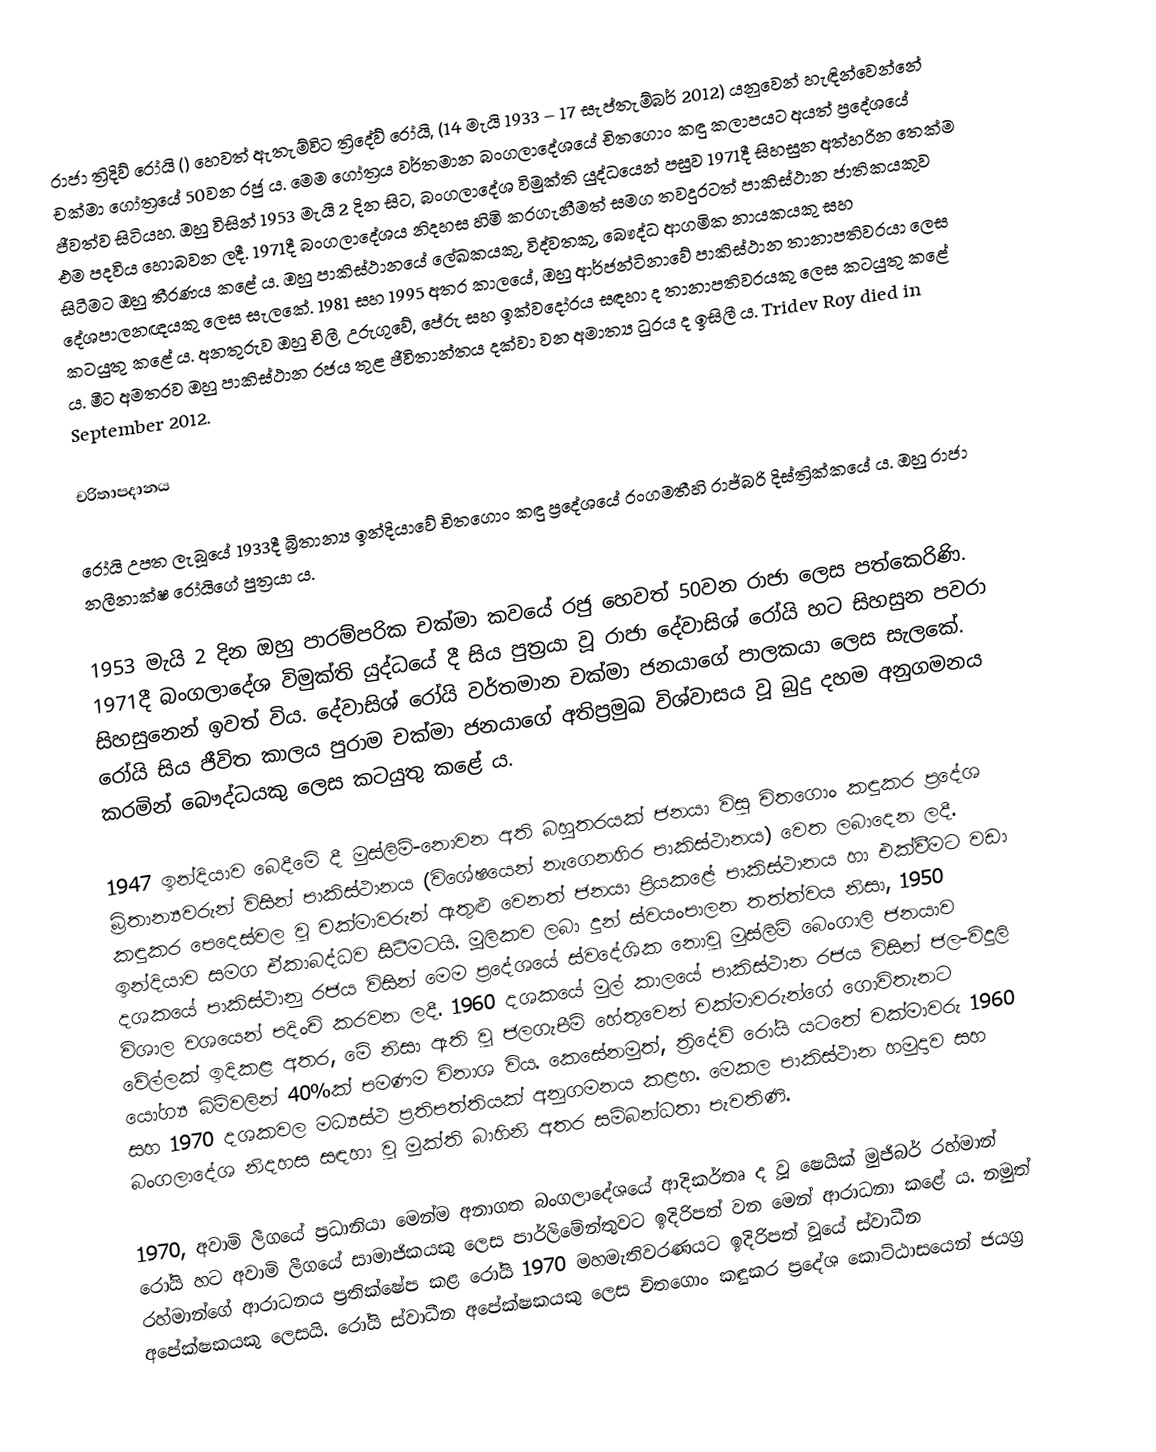
රාජා ත්‍රිදිව් රෝයි () හෙවත් ඇතැම්විට ත්‍රිදේව් රෝයි, (14 මැයි 1933 – 17 සැප්තැම්බර් 2012) යනුවෙන් හැඳින්වෙන්නේ චක්මා ගෝත්‍රයේ 50වන රජු ය. මෙම ගෝත්‍රය වර්තමාන බංගලාදේශයේ චිතගොං කඳු කලාපයට අයත් ප්‍රදේශයේ ජීවත්ව සිටියහ. ඔහු විසින් 1953 මැයි 2 දින සිට, බංගලාදේශ විමුක්ති යුද්ධයෙන් පසුව 1971දී සිහසුන අත්හරින තෙක්ම එම පදවිය හොබවන ලදී. 1971දී බංගලාදේශය නිදහස හිමි කරගැනීමත් සමග තවදුරටත් පාකිස්ථාන ජාතිකයකුව සිටීමට ඔහු තීරණය කළේ ය. ඔහු පාකිස්ථානයේ ලේඛකයකු, විද්වතකු, බෞද්ධ ආගමික නායකයකු සහ දේශපාලනඥයකු ලෙස සැලකේ. 1981 සහ 1995 අතර කාලයේ, ඔහු ආර්ජන්ටිනාවේ පාකිස්ථාන තානාපතිවරයා ලෙස කටයුතු කළේ ය. අනතුරුව ඔහු චිලී, උරුගුවේ, පේරු සහ ඉක්වදෝරය සඳහා ද තානාපතිවරයකු ලෙස කටයුතු කළේ ය. මීට අමතරව ඔහු පාකිස්ථාන රජය තුළ ජීවිතාන්තය දක්වා වන අමාත්‍ය ධුරය ද ඉසිලී ය. Tridev Roy died in September 2012.

චරිතාපදානය

රෝයි උපත ලැබූයේ 1933දී බ්‍රිතාන්‍ය ඉන්දියාවේ චිතගොං කඳු ප්‍රදේශයේ රංගමතීහි රාජ්බරි දිස්ත්‍රික්කයේ ය. ඔහු රාජා නලීනාක්ෂ රෝයිගේ පුත්‍රයා ය.

1953 මැයි 2 දින ඔහු පාරම්පරික චක්මා කවයේ රජු හෙවත් 50වන රාජා ලෙස පත්කෙරිණි. 1971දී බංගලාදේශ විමුක්ති යුද්ධයේ දී සිය පුත්‍රයා වූ රාජා දේවාසිශ් රෝයි හට සිහසුන පවරා සිහසුනෙන් ඉවත් විය. දේවාසිශ් රෝයි වර්තමාන චක්මා ජනයාගේ පාලකයා ලෙස සැලකේ. රෝයි සිය ජීවිත කාලය පුරාම චක්මා ජනයාගේ අතිප්‍රමුඛ විශ්වාසය වූ බුදු දහම අනුගමනය කරමින් බෞද්ධයකු ලෙස කටයුතු කළේ ය.

1947 ඉන්දියාව බෙදීමේ දී මුස්ලිම්-නොවන අති බහුතරයක් ජනයා විසූ චිතගොං කඳුකර ප්‍රදේශ බ්‍රිතාන්‍යවරුන් විසින් පාකිස්ථානය (විශේෂයෙන් නැගෙනහිර පාකිස්ථානය) වෙත ලබාදෙන ලදී. කඳුකර පෙදෙස්වල වූ චක්මාවරුන් ඇතුළු වෙනත් ජනයා ප්‍රියකළේ පාකිස්ථානය හා එක්වීමට වඩා ඉන්දියාව සමග ඒකාබද්ධව සිටීමටයි. මූලිකව ලබා දුන් ස්වයංපාලන තත්ත්වය නිසා, 1950 දශකයේ පාකිස්ථානු රජය විසින් මෙම ප්‍රදේශයේ ස්වදේශික නොවූ මුස්ලිම් බෙංගාලි ජනයාව විශාල වශයෙන් පදිංචි කරවන ලදී. 1960 දශකයේ මුල් කාලයේ පාකිස්ථාන රජය විසින් ජල-විදුලි වේල්ලක් ඉදිකළ අතර, මේ නිසා ඇති වූ ජලගැපීම් හේතුවෙන් චක්මාවරුන්ගේ ගොවිතැනට යෝග්‍ය බිම්වලින් 40%ක් පමණම විනාශ විය. කෙසේනමුත්, ත්‍රිදේව් රෝයි යටතේ චක්මාවරු 1960 සහ 1970 දශකවල මධ්‍යස්ථ ප්‍රතිපත්තියක් අනුගමනය කළහ. මෙකල පාකිස්ථාන හමුදාව සහ බංගලාදේශ නිදහස සඳහා වූ මුක්ති බාහිනි අතර සම්බන්ධතා පැවතිණි.

1970, අවාමි ලීගයේ ප්‍රධානියා මෙන්ම අනාගත බංගලාදේශයේ ආදිකර්තෘ ද වූ ෂෙයික් මුජිබර් රහ්මාන් රෝයි හට අවාමි ලීගයේ සාමාජිකයකු ලෙස පාර්ලිමේන්තුවට ඉදිරිපත් වන මෙන් ආරාධනා කළේ ය. නමුත් රහ්මාන්ගේ ආරාධනය ප්‍රතික්ෂේප කළ රෝයි 1970 මහමැතිවරණයට ඉදිරිපත් වූයේ ස්වාධීන අපේක්ෂකයකු ලෙසයි. රෝයි ස්වාධීන අපේක්ෂකයකු ලෙස චිතගොං කඳුකර ප්‍රදේශ කොට්ඨාසයෙන් ජයග්‍ර